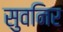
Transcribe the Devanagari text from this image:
सुवनिर